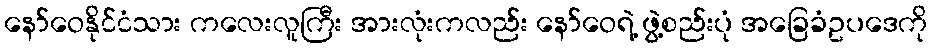
နော်ဝေနိုင်ငံသား ကလေးလူကြီး အားလုံးကလည်း နော်ဝေရဲ့ ဖွဲ့စည်းပုံ အခြေခံဥပဒေကို